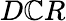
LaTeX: D\mathbb{C}R